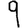
Digit: 9